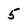
Character: 5